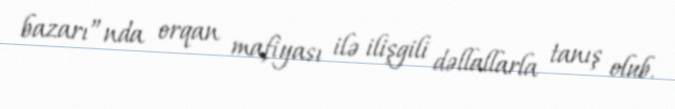
bazarı”nda orqan mafiyası ilə ilişgili dəllallarla tanış olub.